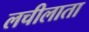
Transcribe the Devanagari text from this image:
लचीलाता